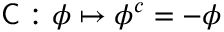
{ \mathsf { C } } : \phi \mapsto \phi ^ { c } = - \phi